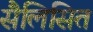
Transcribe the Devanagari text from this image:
सैलिसित